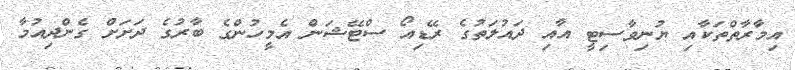
އިމާރާތްތަކާއި ޔުނިވާސިޓީ އާއި ދައުލަތުގެ ރޭޑިއޯ ސްޓޭޝަން އެމީހުންގެ ބާރުގެ ދަށަށް ގެންދިއުމާ